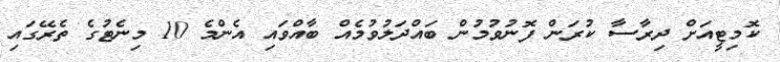
ކޮމިޓީއަށް ދިރާސާ ކުރަން ފޮނުވުމުން ބައްދަލުވުމެއް ބާއްވައި އެންމެ 10 މިނެޓުގެ ތެރޭގައި